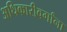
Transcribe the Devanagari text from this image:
अधिकारीवर्गांना